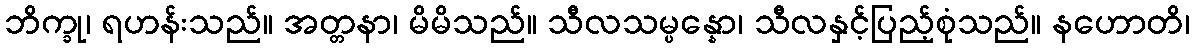
ဘိက္ခု၊ ရဟန်းသည်။ အတ္တနာ၊ မိမိသည်။ သီလသမ္ပန္နော၊ သီလနှင့်ပြည့်စုံသည်။ နဟောတိ၊